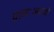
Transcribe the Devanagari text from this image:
प्रायःअपने